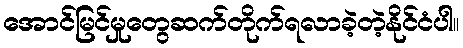
အောင်မြင်မှုတွေဆက်တိုက်ရလာခဲ့တဲ့နိုင်ငံပါ။